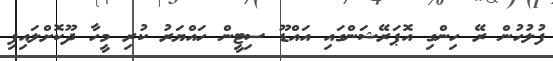
ފުލުހުން ރޭ ހިންގި އޮޕަރޭޝަންގައި އައްޑޫ ސިޓީން ހައްޔަރު ކުރި މީހާ ދޫކޮށްލައިފި